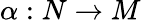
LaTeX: \alpha:N\to M